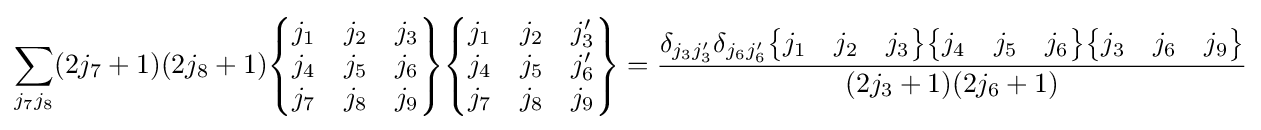
\sum _{j_{7}j_{8}}(2j_{7}+1)(2j_{8}+1){\begin{Bmatrix}j_{1}&j_{2}&j_{3}\\j_{4}&j_{5}&j_{6}\\j_{7}&j_{8}&j_{9}\end{Bmatrix}}{\begin{Bmatrix}j_{1}&j_{2}&j_{3}'\\j_{4}&j_{5}&j_{6}'\\j_{7}&j_{8}&j_{9}\end{Bmatrix}}={\frac {\delta _{j_{3}j_{3}'}\delta _{j_{6}j_{6}'}{\begin{Bmatrix}j_{1}&j_{2}&j_{3}\end{Bmatrix}}{\begin{Bmatrix}j_{4}&j_{5}&j_{6}\end{Bmatrix}}{\begin{Bmatrix}j_{3}&j_{6}&j_{9}\end{Bmatrix}}}{(2j_{3}+1)(2j_{6}+1)}}